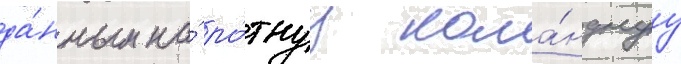
да́нным на́ ро́тнуу кома́нднуу